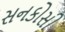
સનકોસી